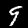
Label: 9